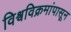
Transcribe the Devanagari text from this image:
विश्वविक्रमांपासून